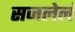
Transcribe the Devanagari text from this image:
सजलेलं